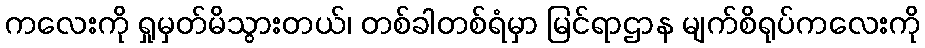
ကလေးကို ရှုမှတ်မိသွားတယ်၊ တစ်ခါတစ်ရံမှာ မြင်ရာဌာန မျက်စိရုပ်ကလေးကို